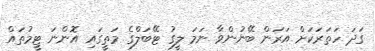
ގަދަ ހަތަރަކަށް އަރަން ބޭނުންވާ ނަަމަ ލީގު ޓޭބަލްގެ މަތީގައި އޮންނަ ޓީމުތައް